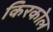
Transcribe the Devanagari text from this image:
किरकोल